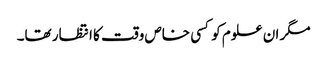
مگر ان علوم کو کسی خاص وقت کا انتظار تھا۔